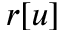
r [ u ]